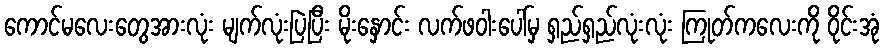
ကောင်မလေးတွေအားလုံး မျက်လုံးပြဲပြီး မိုးနှောင်း လက်ဖဝါးပေါ်မှ ရှည်ရှည်လုံးလုံး ကြုတ်ကလေးကို ဝိုင်းအုံ